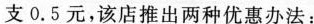
支0.5元，该店推出两种优惠办法：